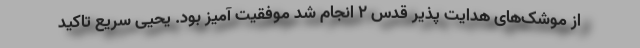
از موشک‌های هدایت پذیر قدس ۲ انجام شد موفقیت آمیز بود. یحیی سریع تاکید